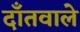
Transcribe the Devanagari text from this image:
दाँतवाले